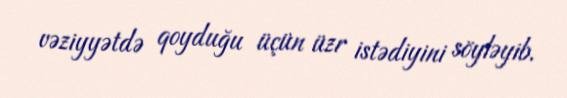
vəziyyətdə qoyduğu üçün üzr istədiyini söyləyib.